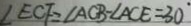
\angle E C F = \angle A C B - \angle A C E = 3 0 ^ { \circ }